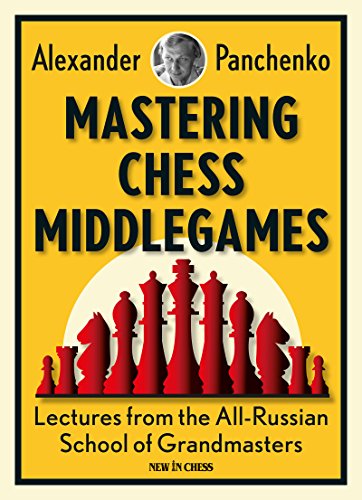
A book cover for Mastering Chess Middlegames: Lectures from the All-Russian School of Grandmasters; Alexander Panchenko; Humor & Entertainment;